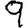
Digit: 9